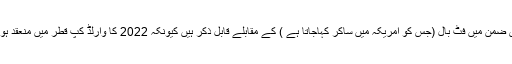
اس ضمن میں فٹ بال (جس کو امریکہ میں ساکر کہاجاتا ہے ) کے مقابلے قابل ذکر ہیں کیونکہ 2022 کا وارلڈ کپ قطر میں منعقد ہوگا۔